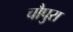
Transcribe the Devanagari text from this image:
चौपुरा